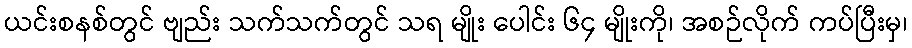
ယင်းစနစ်တွင် ဗျည်း သက်သက်တွင် သရ မျိုး ပေါင်း ၆၄ မျိုးကို၊ အစဉ်လိုက် ကပ်ပြီးမှ၊